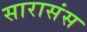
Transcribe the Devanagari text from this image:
सारासंस